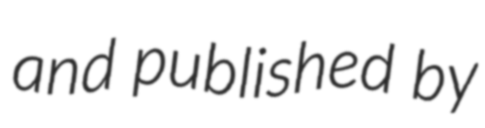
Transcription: and published by